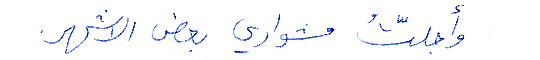
وأجلّتُ مشواري بعض الاشهر.